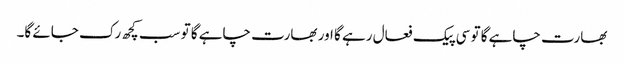
بھارت چاہے گا تو سی پیک فعال رہے گا اور بھارت چاہے گا تو سب کچھ رک جائے گا۔